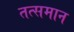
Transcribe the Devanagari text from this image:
तत्समान